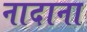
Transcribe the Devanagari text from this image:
नादाना